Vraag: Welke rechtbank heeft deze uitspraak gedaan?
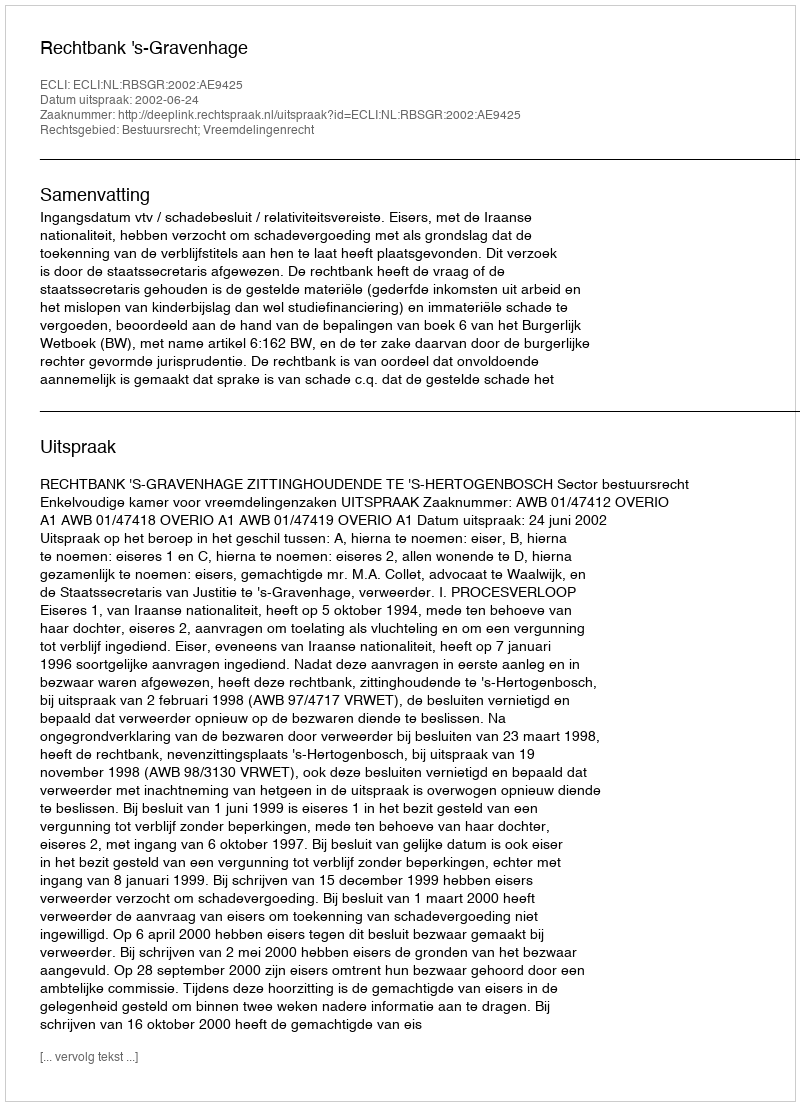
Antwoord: Rechtbank 's-Gravenhage